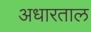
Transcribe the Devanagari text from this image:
अधारताल